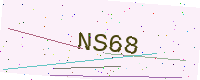
Text: NS68